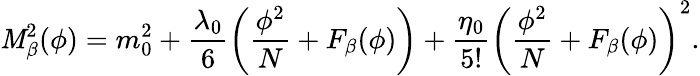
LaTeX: \mathit{M}_{\beta}^{2}(\phi)=m_{0}^{2}+\frac{{\lambda_{0}}}{{6}}\left(\frac{{\phi^{2}}}{{N}}+F_{\beta}(\phi)\right)+\frac{{\eta_{0}}}{{5!}}\left(\frac{{\phi^{2}}}{{N}}+F_{\beta}(\phi)\right)^{2}.